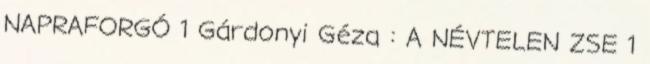
NAPRAFORGÓ 1 Gárdonyi Géza : A NÉVTELEN ZSE 1